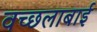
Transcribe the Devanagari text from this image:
वच्छलाबाई